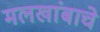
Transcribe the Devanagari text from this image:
मलखांबाचे